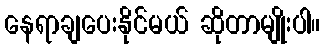
နေရာချပေးနိုင်မယ် ဆိုတာမျိုးပါ။